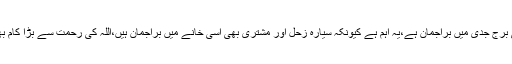
سیارہ مریخ بھی برج جدی میں براجمان ہے،یہ اہم ہے کیونکہ سیارہ زحل اور مشتری بھی اسی خانے میں براجمان ہیں،اللہ کی رحمت سے بڑا کام بھی مل سکتا ہے۔